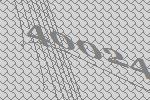
40024